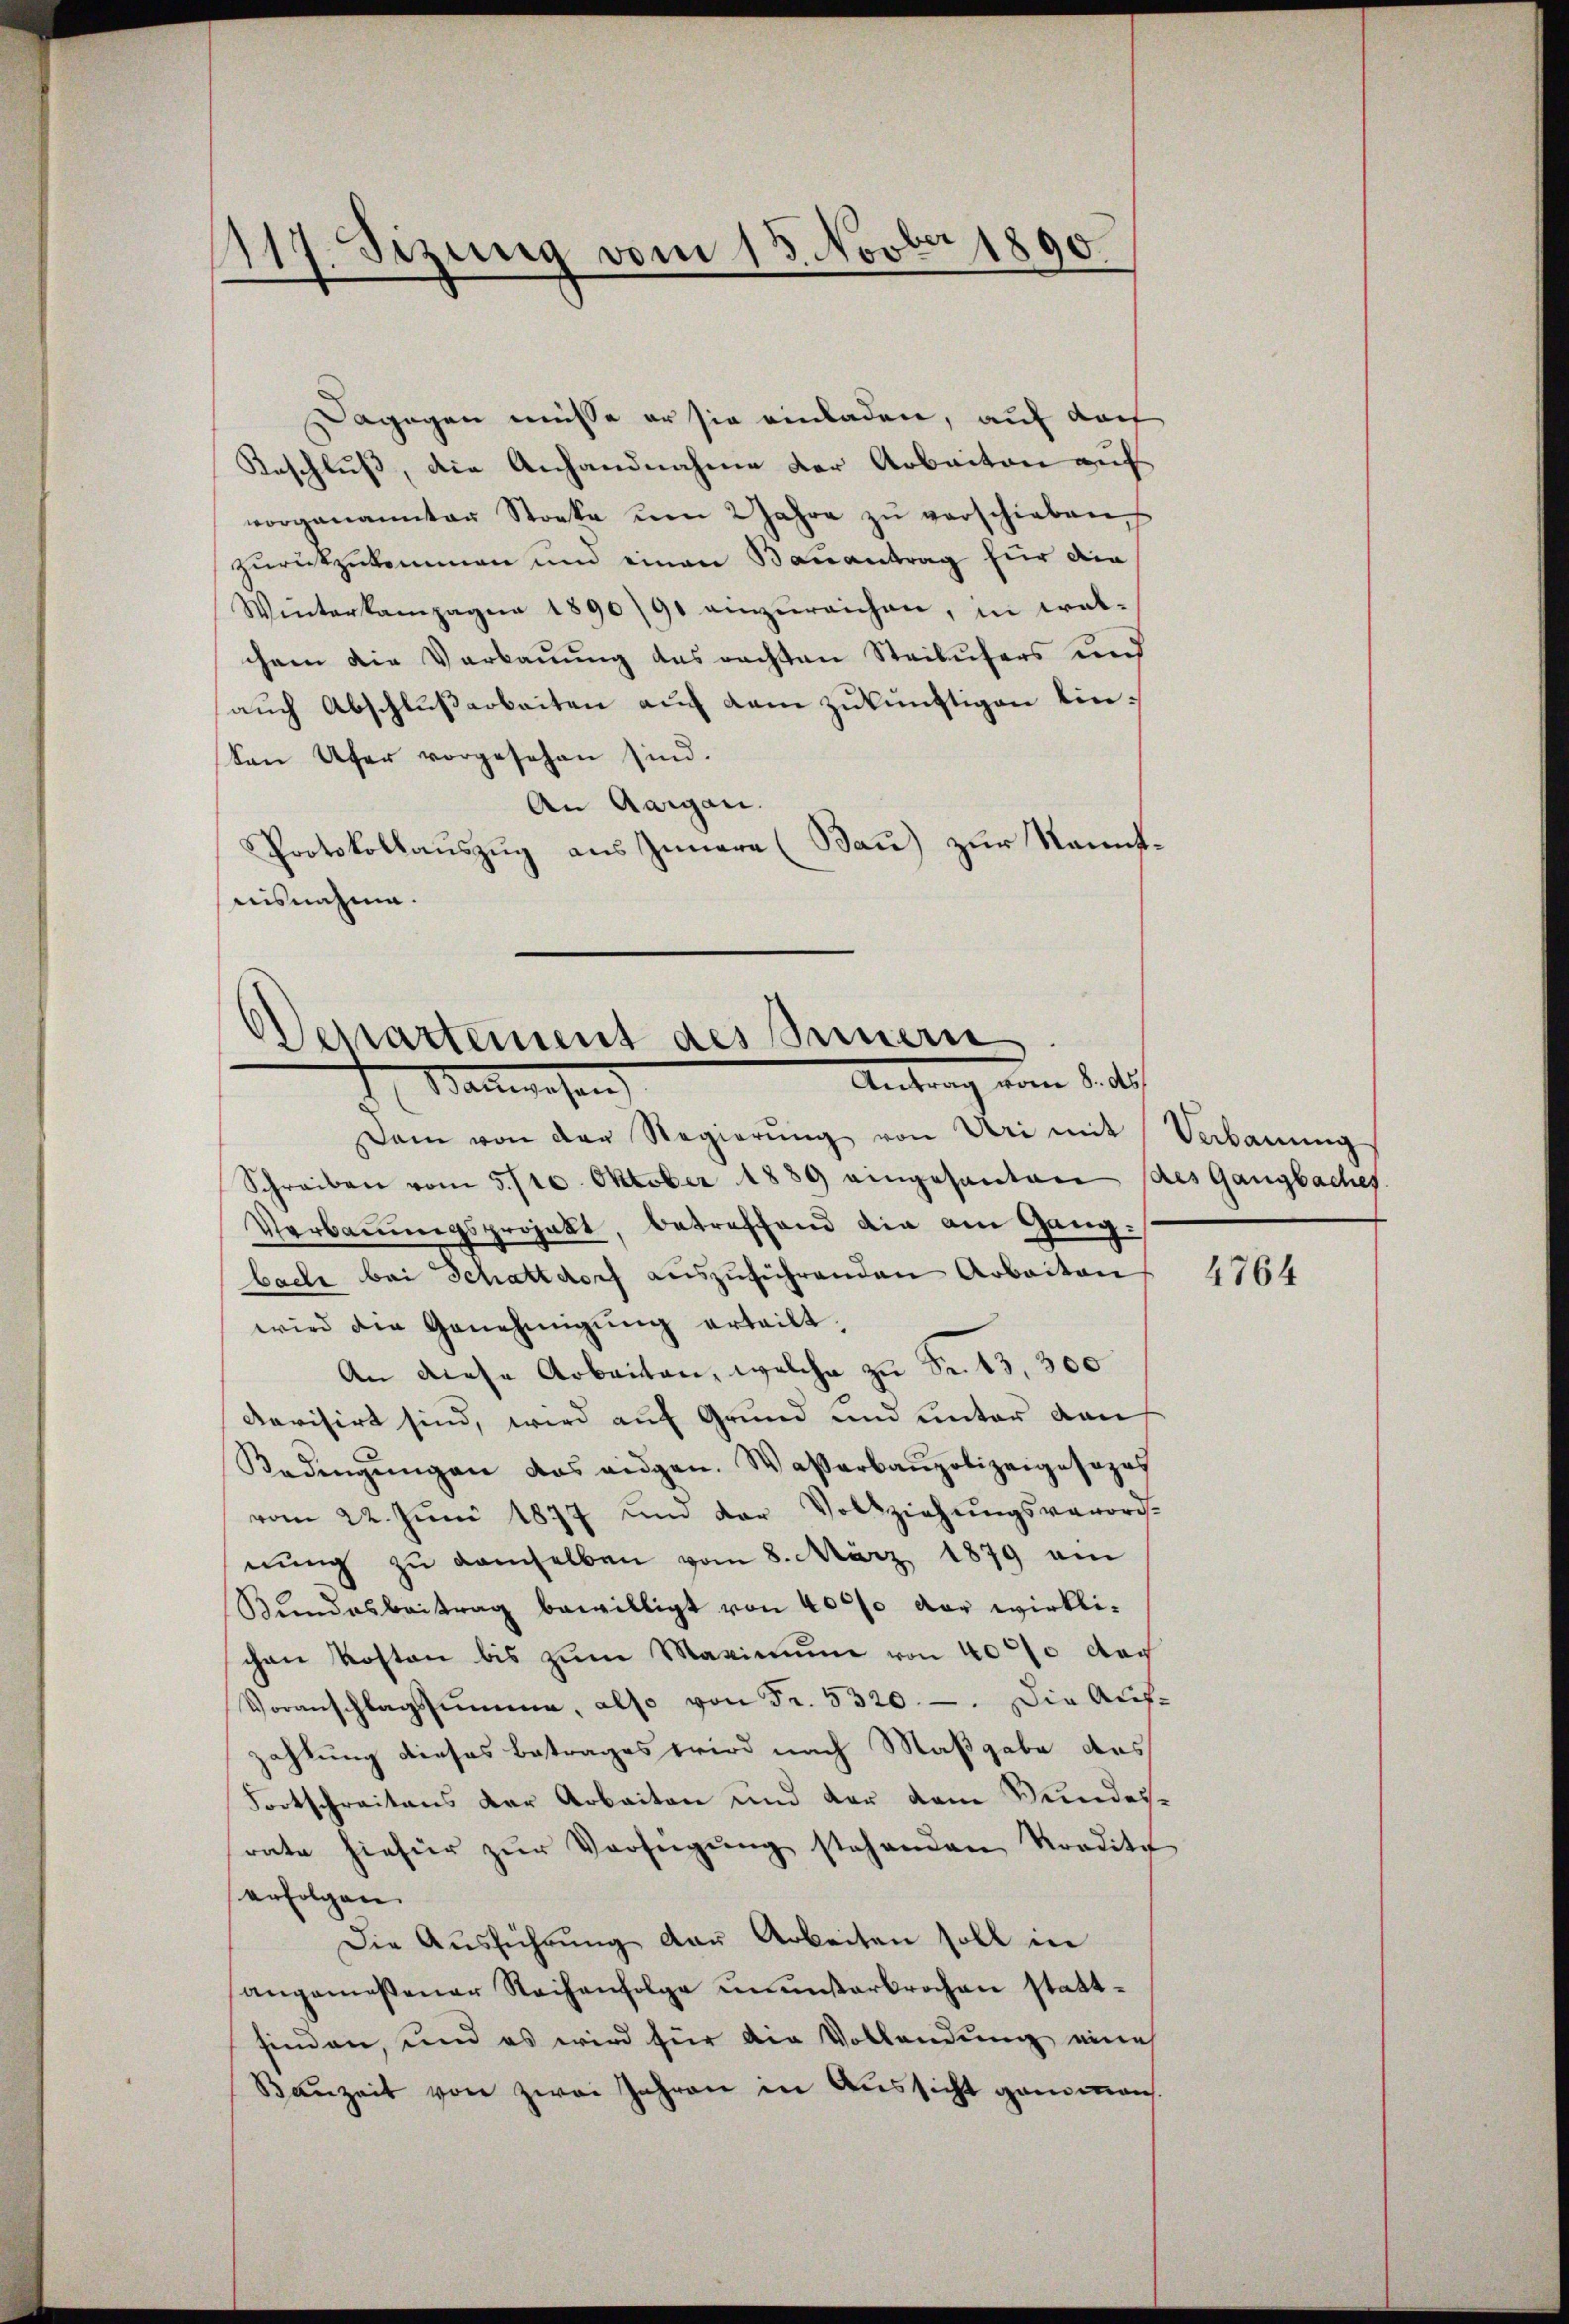
1117. Sitzung vom 13. Novber 1890

Dagegen müsse er sie einladen, auf doch
Beschluß, die Anhandnahme der Arbeiten auf
vorgenannter Stocke um 2 Jahre zŭ verschieben
zurückzukommen und einen Bauantrag für die
Winterkampagne 1890/91 einzŭreichen, in wel-
chem die Verbauung des rachten Steilufers und
aŭch Abschlŭβarbeiten aŭf dem zukünftigen Einken Ufer vorgesehen sind.
An Aargau.
Protokollauszug aus Innern (Bau) zur Kenntnisnahme.

Departement des Innern
Antrag vom 8. d.
Bauwesen

Dam von der Regierŭng von Uri mit Verbaŭŭng
Schreiben vom 5./10. Oktober 1889 eingesanten des Gangbaches.
Verbaŭŭngsprojekt, betreffend die am Gang
bache bei Schattdorf auszuführenden Arbeiten
wird die Genehmigung erteilt.
An diese Arbeiten, welche zu Fr. 15, 300
Revisirt sind, wird auf Grund und unter von
Kadingŭngen das eidgen. Wasserbaupolizeigesezet
vom 22. Jŭni 1877 ŭm der Vollziehŭngsverord-
nŭng zŭ demselben vom 8. März 1879 ein
Bŭndesbeitrag bewilligt von 4000 der wirklichen Kosten bis zum Maximum von 4000 dach
Voranschlagssumme, also von Fr. 5320. Die Auf-
zahlung dieses Betrages wird nach Maßgabe des
Fortschreitens der Arbeiten und der dem Meindesrate hiefür zŭr Verfügŭng stehenden Kredita
erfolgen.
Die Ausführung der Arbeiten soll in
angemeßener Reihenfolge ununterbrochen stattfinden, und es wird für die Vollendung eine
Bauzeit von zwei Jahren in Aussicht genomen.

4764